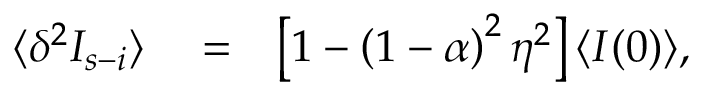
\begin{array} { r l r } { \langle \delta ^ { 2 } I _ { s - i } \rangle } & { { } = } & { \left[ 1 - \left( 1 - \alpha \right) ^ { 2 } \eta ^ { 2 } \right] \langle I ( 0 ) \rangle , } \end{array}